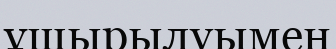
ұшырылуымен